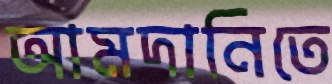
আমদানিতে